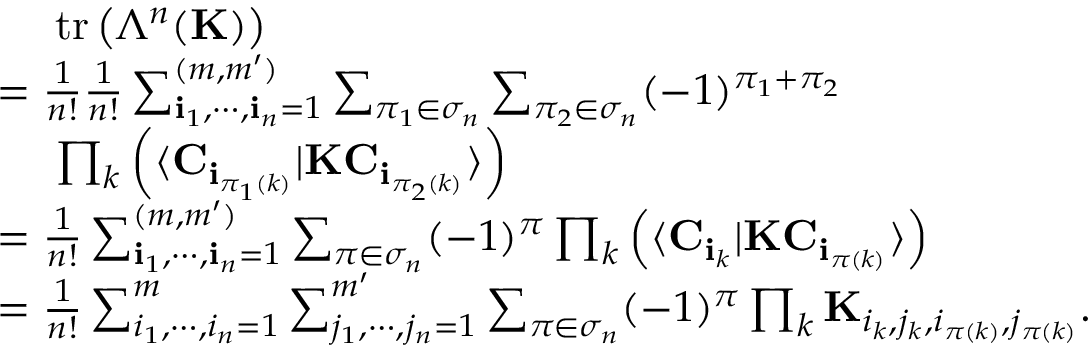
\begin{array} { r l } & { ~ ~ ~ ~ \mathrm { t r } \left( \Lambda ^ { n } ( { \bf K } ) \right) } \\ & { = \frac { 1 } { n ! } \frac { 1 } { n ! } \sum _ { { \bf i } _ { 1 } , \cdots , { \bf i } _ { n } = 1 } ^ { ( m , m ^ { \prime } ) } \sum _ { \pi _ { 1 } \in \sigma _ { n } } \sum _ { \pi _ { 2 } \in \sigma _ { n } } ( - 1 ) ^ { \pi _ { 1 } + \pi _ { 2 } } } \\ & { ~ ~ ~ ~ \prod _ { k } \left( \langle { \bf C } _ { { \bf i } _ { \pi _ { 1 } ( k ) } } | { \bf K } { \bf C } _ { { \bf i } _ { \pi _ { 2 } ( k ) } } \rangle \right) } \\ & { = \frac { 1 } { n ! } \sum _ { { \bf i } _ { 1 } , \cdots , { \bf i } _ { n } = 1 } ^ { ( m , m ^ { \prime } ) } \sum _ { \pi \in \sigma _ { n } } ( - 1 ) ^ { \pi } \prod _ { k } \left( \langle { \bf C } _ { { \bf i } _ { k } } | { \bf K } { \bf C } _ { { \bf i } _ { \pi ( k ) } } \rangle \right) } \\ & { = \frac { 1 } { n ! } \sum _ { { i } _ { 1 } , \cdots , { i } _ { n } = 1 } ^ { m } \sum _ { { j } _ { 1 } , \cdots , { j } _ { n } = 1 } ^ { m ^ { \prime } } \sum _ { \pi \in \sigma _ { n } } ( - 1 ) ^ { \pi } \prod _ { k } { \bf K } _ { i _ { k } , j _ { k } , i _ { \pi ( k ) } , j _ { \pi ( k ) } } . } \end{array}